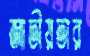
জাতীয়তার